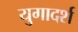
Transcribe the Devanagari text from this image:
युगादर्श